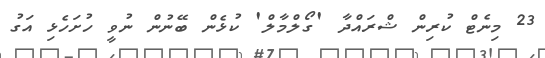
23 މިނެޓް ކުރިން ޝްރައްދާ 'ގޯލްމާލް' ކުޅެން ބޭނުން ނުވީ ހުށަހެޅި އަގު